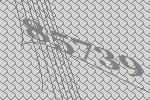
85739